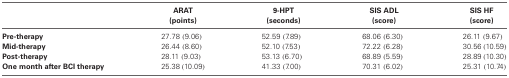
|  | ARAT (points) | 9-HPT (seconds) | SIS ADL (score) | SIS HF (score) |
 | --- | --- | --- | --- | --- |
 | Pre-therapy | 27.78 (9.06) | 52.59 (7.89) | 68.06 (6.30) | 26.11 (9.67) |
 | Mid-therapy | 26.44 (8.60) | 52.10 (7.53) | 72.22 (6.28) | 30.56 (10.59) |
 | Post-therapy | 28.11 (9.03) | 53.13 (6.70) | 68.89 (5.59) | 28.89 (10.30) |
 | One month after BCI therapy | 25.38 (10.09) | 41.33 (7.00) | 70.31 (6.02) | 25.31 (10.74) |